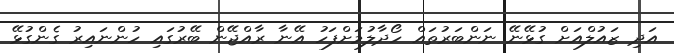
އަދި ޒައުލްއަށް ގުޅޭނޭ ނަންބަރުތައް ހޯދާލުމަށްފަހު އޭނާ ރާއްޖޭން ބޭރުގައި ހުންނައިރު ގެންގުޅޭ